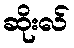
ဆိုးလ်